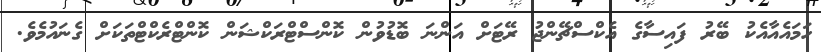
ހަމައެއާއެކު ބޭރު ފައިސާގެ އެކްސްޗޭންޖު ރޭޓަށް އަންނަ ބޮޑުވުން ކޮންސްޓްރަކްޝަން ކޮންޓްރެކްޓްތަކަށް ގެނައުމެވެ.